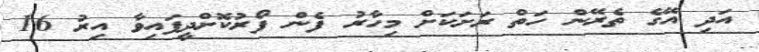
އަދި އޭގެ ތެރޭން ހަތް ރަށަކަށް މިހާރު ފެން ފޯރުކޮށްދީފައިވާ އިރު 16